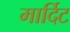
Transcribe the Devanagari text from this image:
मार्दिट